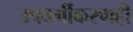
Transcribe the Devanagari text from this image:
उपवर्गीकरणही